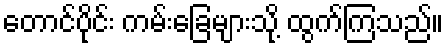
တောင်ပိုင်း ကမ်းခြေများသို့ ထွက်ကြသည်။